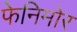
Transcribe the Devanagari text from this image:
फेनिमोर